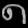
Digit: ၈